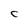
Character: C